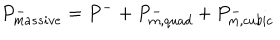
P _ { m a s s i v e } ^ { - } = P ^ { - } + P _ { m , q u a d } ^ { - } + P _ { m , c u b i c } ^ { - }